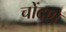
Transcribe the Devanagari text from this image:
चोंदणे